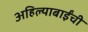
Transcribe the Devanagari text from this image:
अहिल्याबाईंची